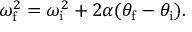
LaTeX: \omega _ { \mathrm { f } } ^ { 2 } = \omega _ { \mathrm { i } } ^ { 2 } + 2 \alpha ( \theta _ { \mathrm { f } } - \theta _ { \mathrm { i } } ) .